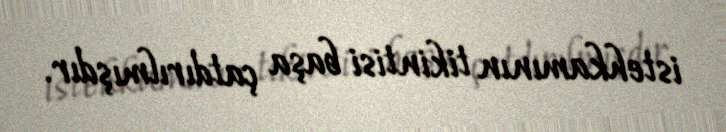
istehkamının tikintisi başa çatdırılmışdır.